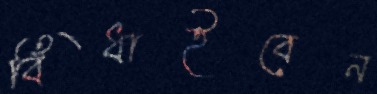
বিঁধাইবেন